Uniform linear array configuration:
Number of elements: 8
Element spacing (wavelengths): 0.5
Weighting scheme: exponential
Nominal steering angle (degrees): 0
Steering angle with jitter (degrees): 1.232
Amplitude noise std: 0.05
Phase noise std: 0.05

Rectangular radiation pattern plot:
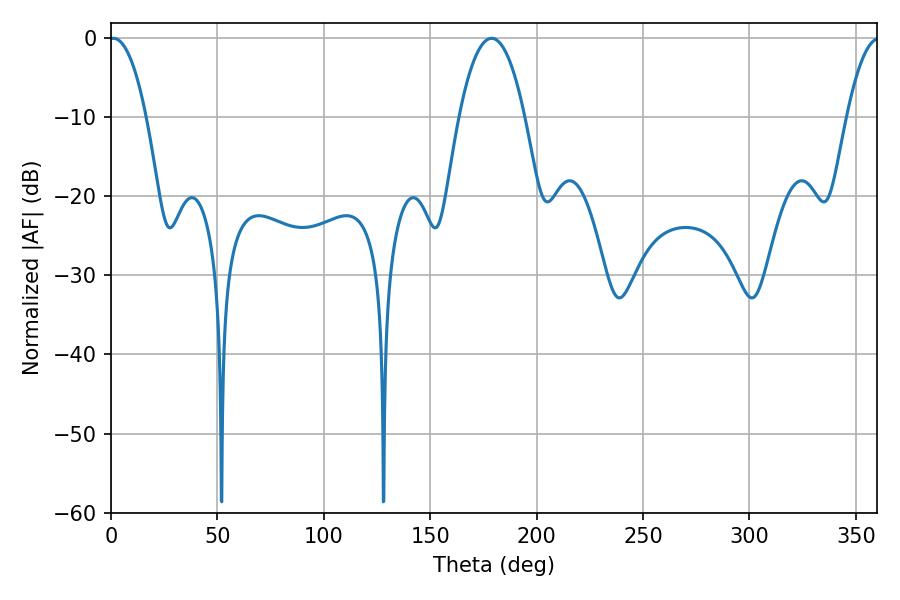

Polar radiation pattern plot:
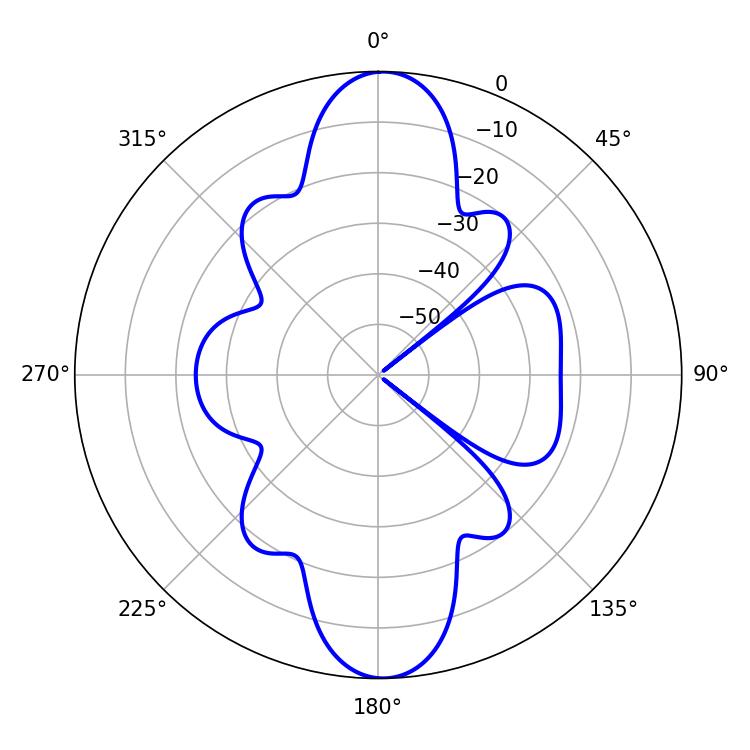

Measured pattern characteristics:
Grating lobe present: FALSE
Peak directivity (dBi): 22.385
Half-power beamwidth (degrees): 9.72
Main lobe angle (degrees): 1.08